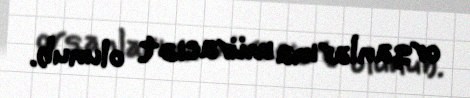
orqanlarına müraciət olunub.